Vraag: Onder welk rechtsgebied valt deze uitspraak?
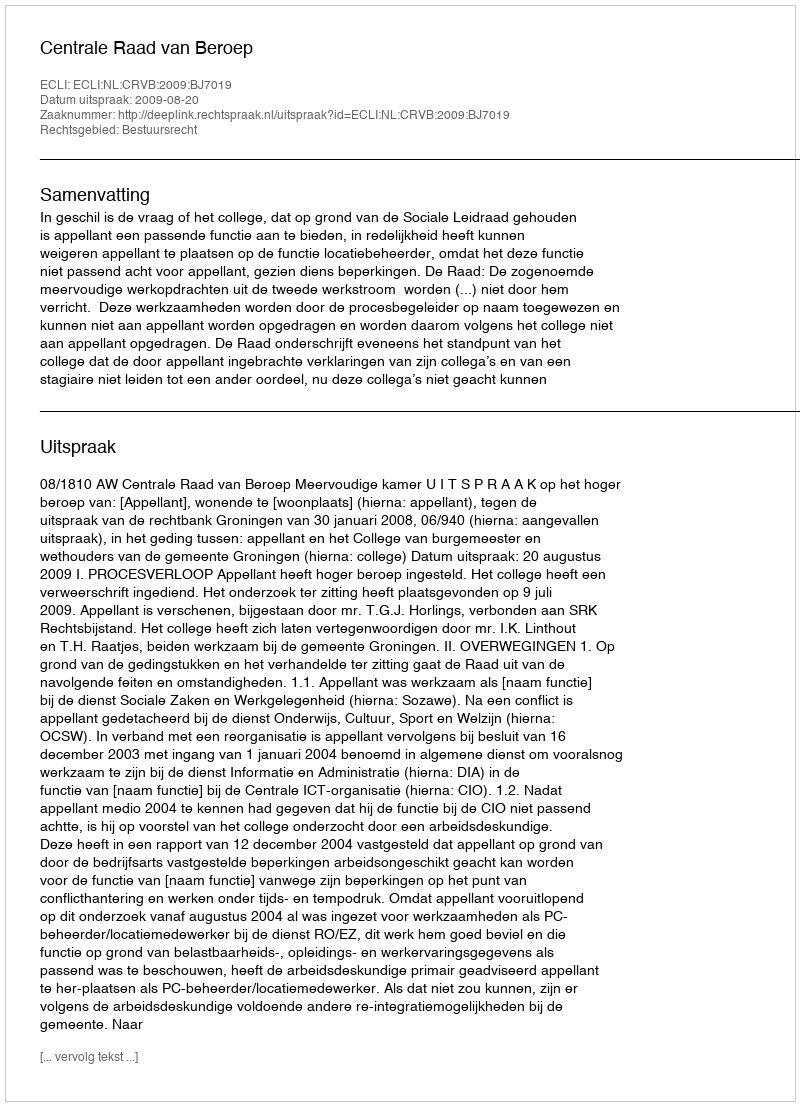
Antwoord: Bestuursrecht